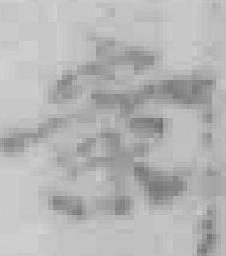
案